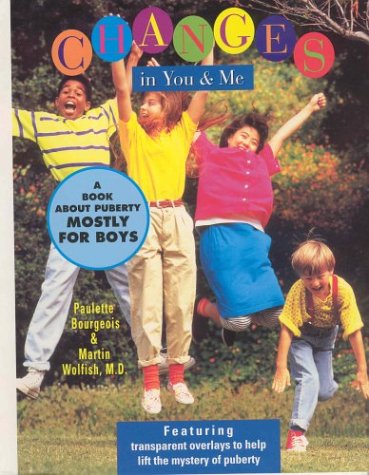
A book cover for Changes in You & Me: A Book About Puberty Mostly for Boys; Paulette Bourgeois; Teen & Young Adult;